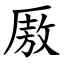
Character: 厫